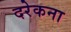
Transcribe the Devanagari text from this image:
दरेकना